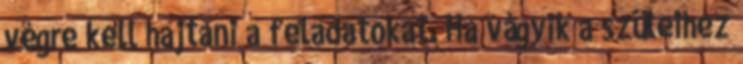
végre kell hajtani a feladatokat. Ha vágyik a szüleihez